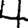
Digit: 4